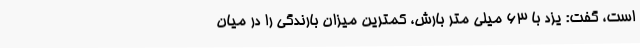
است، گفت: یزد با 63 میلی متر بارش، کمترین میزان بارندگی را در میان